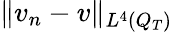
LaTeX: \lVert v_{n}-v\rVert_{L^{4}(Q_{T})}